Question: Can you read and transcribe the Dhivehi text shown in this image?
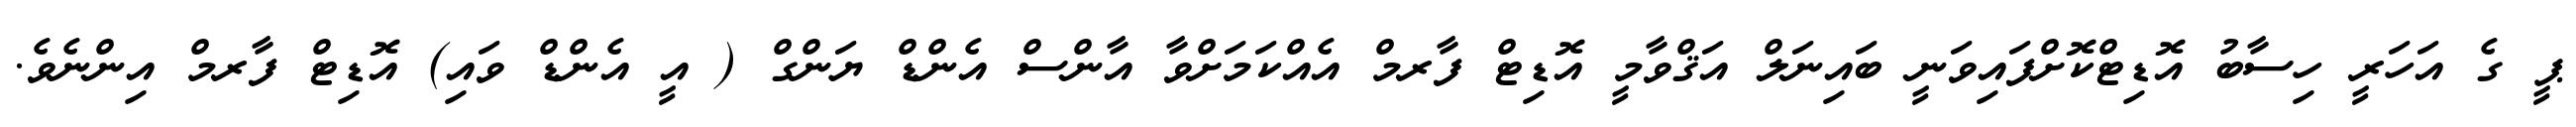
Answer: ޕީ ގެ އަހަރީ ހިސާބު އޮޑިޓްކޮށްފައިވަނީ ބައިނަލް އަޤްވާމީ އޮޑިޓް ފާރމް އެއްކަމަށްވާ އާންސް އެންޑް ޔަންގް ( އީ އެންޑް ވައި) އޮޑިޓް ފާރމް އިންނެވެ.